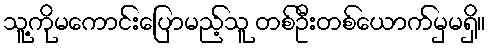
သူ့ကိုမကောင်းပြောမည့်သူ တစ်ဦးတစ်ယောက်မှမရှိ။